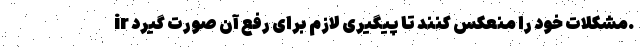
ir مشکلات خود را منعکس کنند تا پیگیری لازم برای رفع آن صورت گیرد.